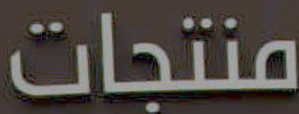
منتجات